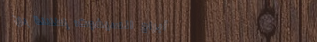
أبراج السيفوت: إطلالة بان